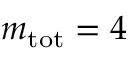
m _ { \mathrm { t o t } } = 4